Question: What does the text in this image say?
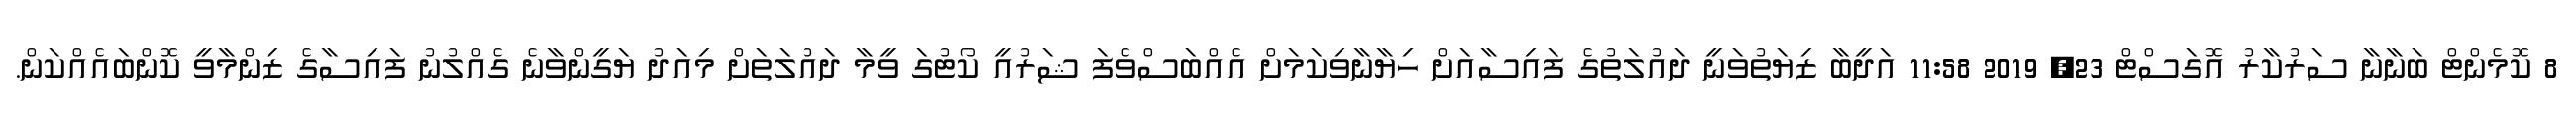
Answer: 8 ކޮމެންޓް ބަނާނާ ސަރުކާރު އޮގަސްޓް 23, 2019 11:58 އަދީބާ ޒިޔަތުވަނީ ދައުލަތުގެ ފައިސާއަށް ހިޔާނާވިކަމަށް އެއްބަސްވެފަ ޝަރުއީ ކޯޓުގަ ވީމާ ދައުލަތަށް މިއަދު ޔަގީންވާނެ ގެއްލުނު ފައިސާގެ ޒިންމާވީ ކޮންބައެއްކަން.